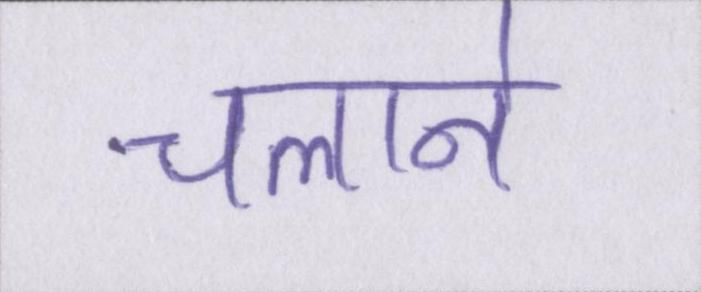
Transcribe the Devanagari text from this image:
चलाने